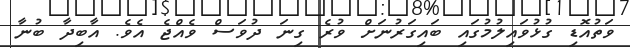
ވަތުއޮޑި ގުޅުވައިލުމުގައި ބައިގަރުނަށް ވުރެ ގިނަ ދުވަސް ވެއްޖެ އެވެ. އާބިދާ ބުނާ